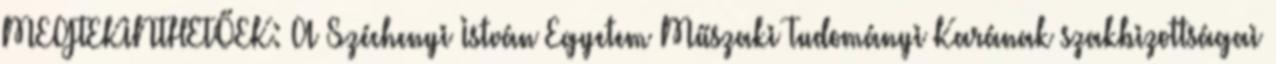
MEGTEKINTHETŐEK: A Széchenyi István Egyetem Műszaki Tudományi Karának szakbizottságai